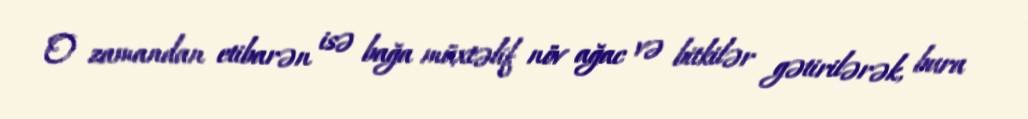
O zamandan etibarən isə bağa müxtəlif növ ağac və bitkilər gətirilərək, bura